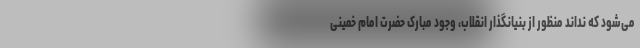
می‌شود که نداند منظور از بنیانگذار انقلاب، وجود مبارک حضرت امام خمینی